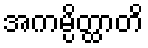
အကမ္ပိတ္ထာတိ